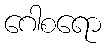
ဂေါစရော